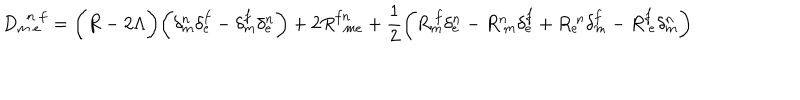
LaTeX: D _ { m ~ e } ^ { ~ ~ n ~ f } = \biggl ( R - 2 \Lambda \biggr ) \biggl ( \delta _ { m } ^ { n } \delta _ { e } ^ { f } - \delta _ { m } ^ { f } \delta _ { e } ^ { n } \biggr ) + 2 R _ { ~ ~ m e } ^ { f n } + \frac { 1 } { 2 } \biggl ( R _ { m } ^ { ~ f } \delta _ { e } ^ { n } - R _ { ~ m } ^ { n } \delta _ { e } ^ { f } + R _ { e } ^ { ~ n } \delta _ { m } ^ { f } - R _ { ~ e } ^ { f } \delta _ { m } ^ { n } \biggr )